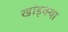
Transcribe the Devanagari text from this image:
खांड्क्या